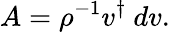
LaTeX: A=\rho^{-1}v^{\dagger}\ dv.